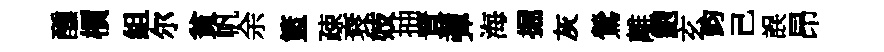
醺檟組尔貧帆余籃疎衰妓抽囂彈海掘灰鶯離鮑玄鈞己誤昂